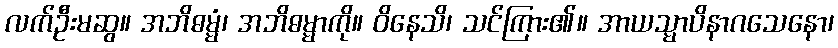
လက်ဦးမဆွ။ အဘိဓမ္မံ၊ အဘိဓမ္မာကို။ ဝိနေသိ၊ သင်ကြား၏။ အာယသ္မာပိနာဂသေနော၊